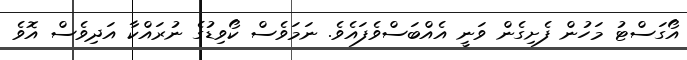
އޯގަސްޓު މަހުން ފެށިގެން ވަނީ އެއްބަސްވެފައެވެ. ނަމަވެސް ކޯވިޑުގެ ނުރައްކާ އަދިވެސް އޮވެ